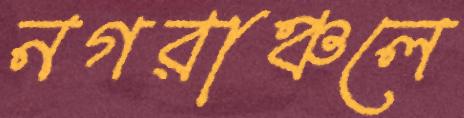
নগরাঞ্চলে